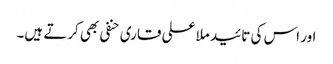
اور اس کی تائید ملا علی قاری حنفی بھی کرتے ہیں۔